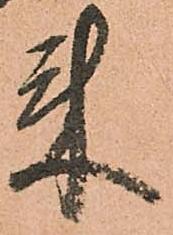
来